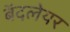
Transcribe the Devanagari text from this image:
बॅदलेयर